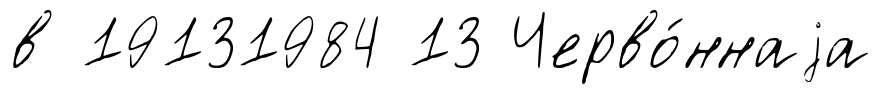
в 19131984 13 Черво́ннаjа